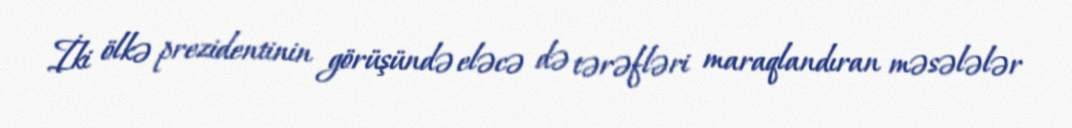
İki ölkə prezidentinin görüşündə eləcə də tərəfləri maraqlandıran məsələlər